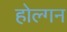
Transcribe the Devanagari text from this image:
होल्गन